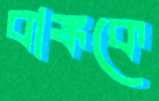
বাঙ্ককে